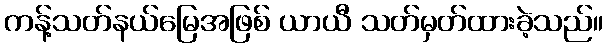
ကန့်သတ်နယ်မြေအဖြစ် ယာယီ သတ်မှတ်ထားခဲ့သည်။